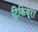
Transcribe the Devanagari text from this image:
ट्रिकियूरा